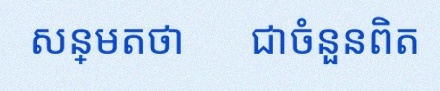
សន្មតថា x ជាចំនួនពិត